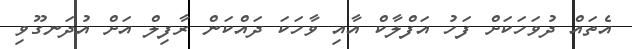
އެތައް ދުވަހަކަށް ފަހު އަފްލާކް އާއި ވާހަކަ ދައްކަން ރާފިލް އަށް އުދަނގޫވި